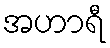
အဟာရီ